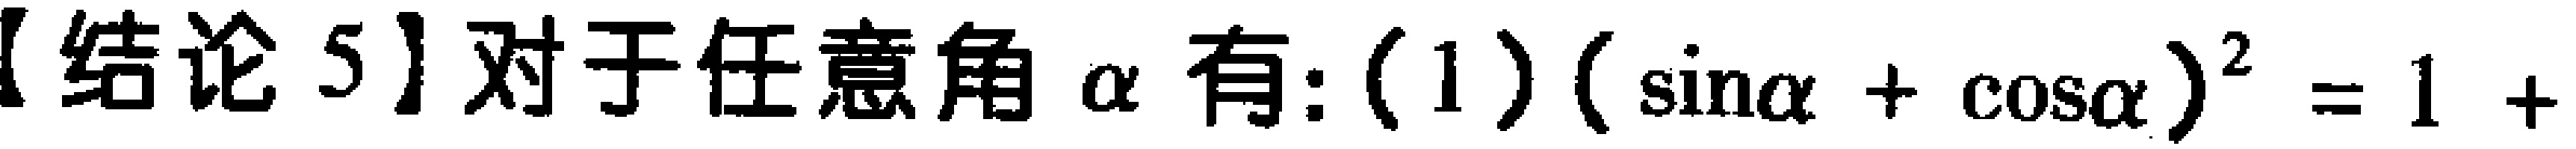
【结论 5】对于任意角\(\alpha\)有: (1) \((\sin\alpha+\cos\alpha)^2 = 1+\)